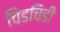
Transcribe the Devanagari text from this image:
चिडचिडी